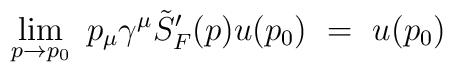
\lim_{p \rightarrow p_0} \ p_\mu \gamma^\mu \tilde{S}'_F(p) u(p_0) \ = \ u(p_0)